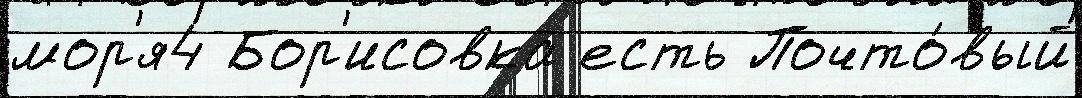
мор'я4 Бор'исовка есть Почто́вый